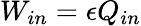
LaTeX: W_{in}=\epsilon Q_{in}